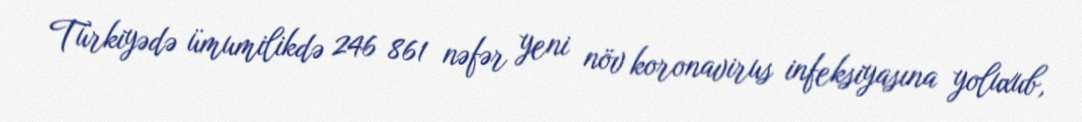
Türkiyədə ümumilikdə 246 861 nəfər yeni növ koronavirus infeksiyasına yoluxub,